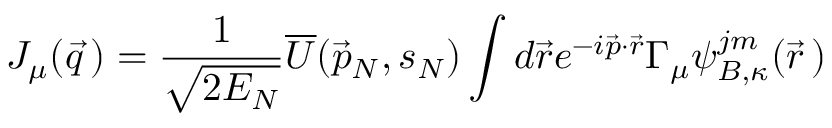
J _ { \mu } ( { \vec { q } } \, ) = \frac { 1 } { \sqrt { 2 E _ { N } } } { \overline { { U } } } ( { \vec { p } } _ { N } , s _ { N } ) \int d { \vec { r } } e ^ { - i { \vec { p } } \cdot { \vec { r } } } \Gamma _ { \mu } \psi _ { B , \kappa } ^ { j m } ( { \vec { r } } \, )